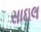
સાઇલ